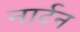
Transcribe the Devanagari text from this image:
नार्टन